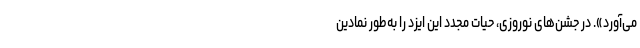
می‌آورد». در جشن‌های نوروزی، حیات مجدد این ایزد را به‌طور نمادین